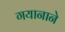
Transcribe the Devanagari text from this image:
गयानाने